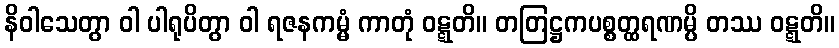
နိဝါသေတွာ ဝါ ပါရုပိတွာ ဝါ ရဇနကမ္မံ ကာတုံ ဝဋ္ဋတိ။ တတြဋ္ဌကပစ္စတ္ထရဏမ္ပိ တဿ ဝဋ္ဋတိ။